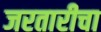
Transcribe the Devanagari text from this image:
जरतारीचा